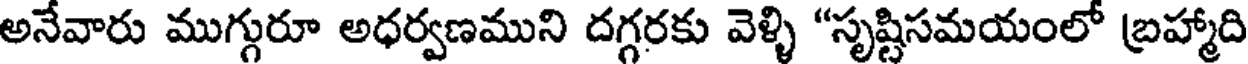
అనేవారు ముగ్గురూ అధర్వణముని దగ్గరకు వెళ్ళి "సృష్టిసమయంలో బ్రహ్మాది